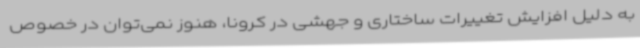
به دلیل افزایش تغییرات ساختاری و جهشی در کرونا، هنوز نمی‌توان در خصوص